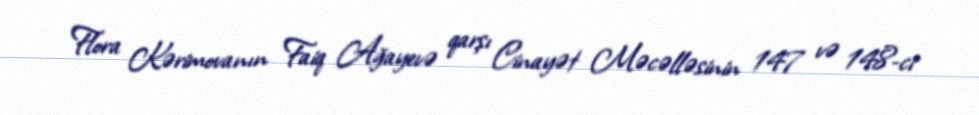
Flora Kərimovanın Faiq Ağayevə qarşı Cinayət Məcəlləsinin 147 və 148-ci